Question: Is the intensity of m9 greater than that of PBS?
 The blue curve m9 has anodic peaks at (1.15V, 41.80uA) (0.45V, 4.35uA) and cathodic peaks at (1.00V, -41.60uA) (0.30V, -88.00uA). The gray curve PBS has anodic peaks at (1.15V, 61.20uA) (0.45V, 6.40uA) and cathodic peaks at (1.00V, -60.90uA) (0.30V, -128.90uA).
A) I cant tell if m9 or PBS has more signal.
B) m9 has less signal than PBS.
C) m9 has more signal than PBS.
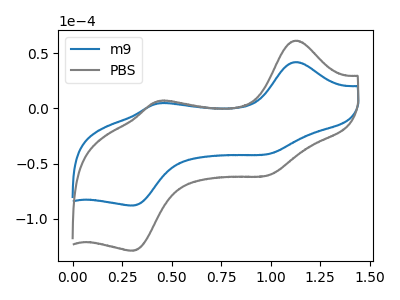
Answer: <think>All the peaks in "m9" have a peak in "PBS" at the same potential. Every peak in "m9" is lower than every peak in "PBS".
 </think>
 <answer>B) "m9" has less signal than "PBS".</answer>
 <eval>B</eval>